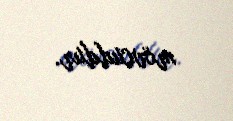
mövcuddur.